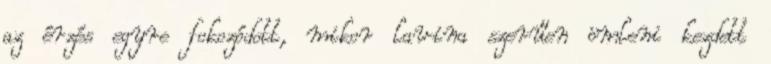
az érzés egyre fokozódott, mikor lavina szerűen ömleni kezdett